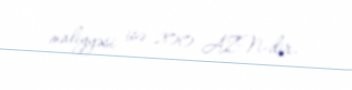
maliyyəsi isə 200 AZN-dir.